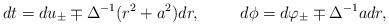
LaTeX: \begin{align*}dt=du_{\pm}\mp \Delta^{-1} (r^2+a^2)dr,\hspace{1cm}d\phi=d\varphi_{\pm}\mp \Delta^{-1}a dr ,\end{align*}